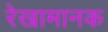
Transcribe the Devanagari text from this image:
रेखामानक